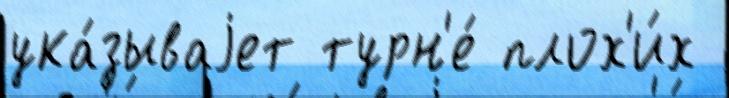
ука́зываjет турн'е́ плох'и́х